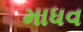
માધવ